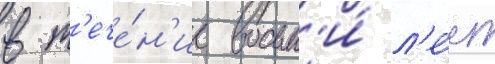
в т'ече́н'ие восьм'и́ л'е́т